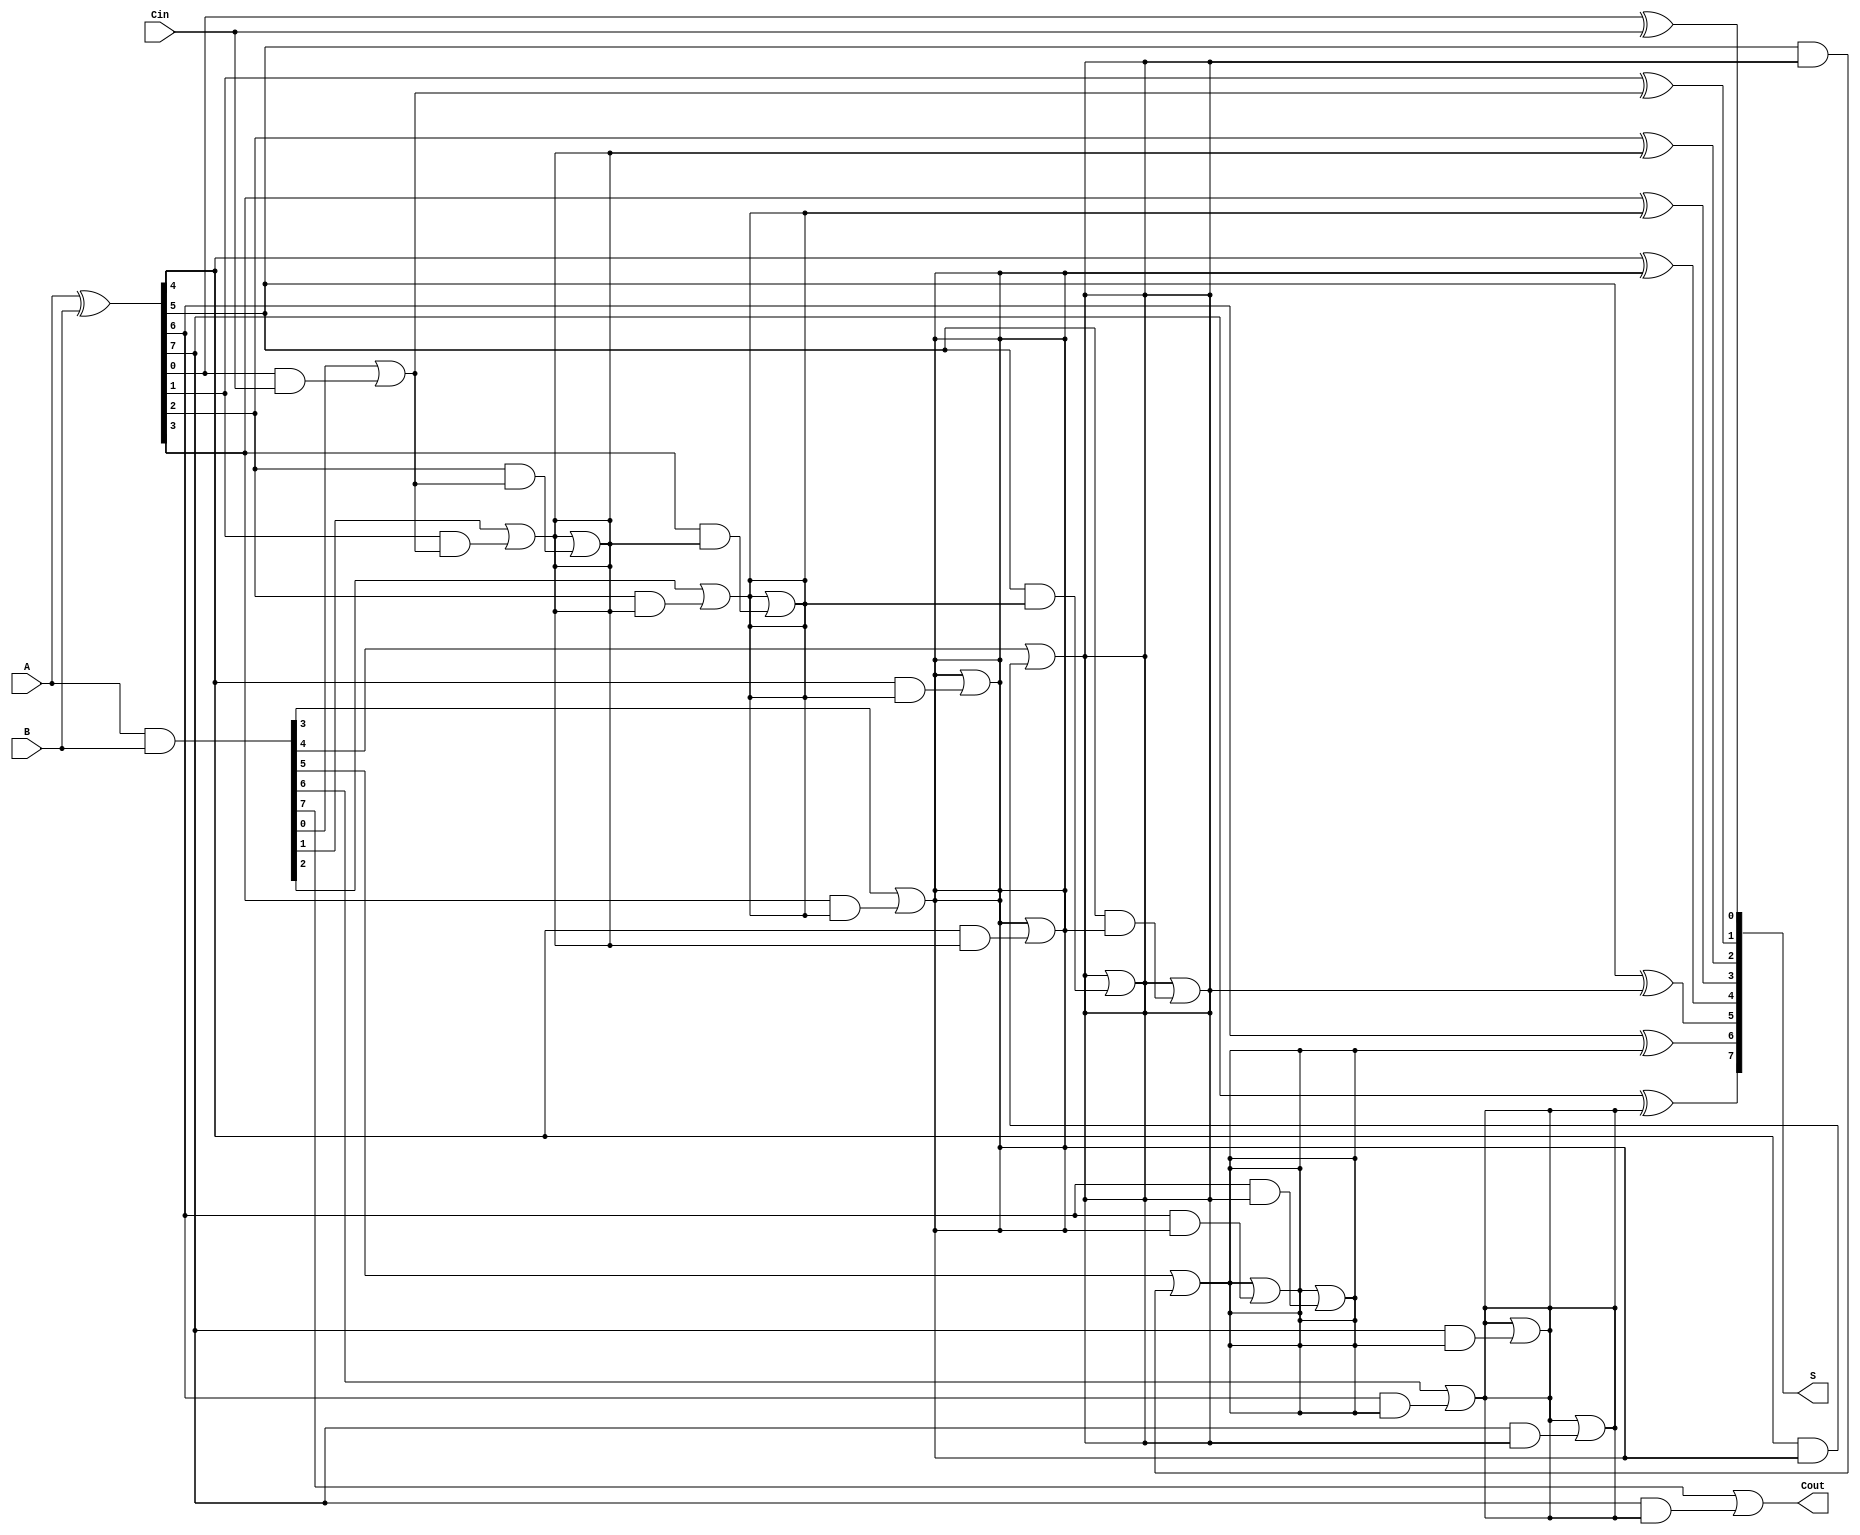
module KoggeStoneAdder #(parameter N = 8) (
    input  [N-1:0] A,      // Input A
    input  [N-1:0] B,      // Input B
    input          Cin,     // Carry input
    output [N-1:0] S,      // Sum output
    output         Cout     // Carry output
);

    wire [N-1:0] P;        // Propagate signals
    wire [N-1:0] G;        // Generate signals
    wire [N:0] C;          // Carry signals

    // Generate and propagate signals
    assign P = A ^ B;      // P[i] = A[i] XOR B[i]
    assign G = A & B;      // G[i] = A[i] AND B[i]
    
    // Stage 0 carry
    assign C[0] = Cin;

    // Intermediate carry calculations
    genvar i, j;
    generate
        // First stage (1)
        for (i = 0; i < N; i = i + 1) begin: stage1
            assign C[i+1] = G[i] | (P[i] & C[i]);
        end

        // Subsequent stages
        for (j = 1; j < $clog2(N); j = j + 1) begin: stages
            for (i = 0; i < N; i = i + 1) begin: stage
                if (i >= (1 << j)) begin
                    assign C[i] = C[i] | (P[i] & C[i - (1 << (j - 1))]);
                end
            end
        end
    endgenerate

    // Sum calculation
    generate
        for (i = 0; i < N; i = i + 1) begin: sum_calculation
            assign S[i] = P[i] ^ C[i];
        end
    endgenerate

    // Carry out
    assign Cout = C[N];

endmodule